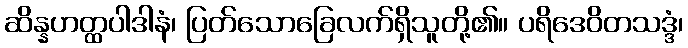
ဆိန္နဟတ္ထပါဒါနံ၊ ပြတ်သောခြေလက်ရှိသူတို့၏။ ပရိဒေဝိတသဒ္ဒံ၊